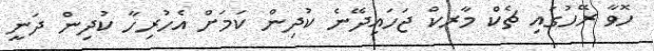
ހޮވާ ރޭހުގައި ޗެކް މާރކް ޖަހައިދޭނެ ކުދިން ކަމަށް އެހުރިހާ ކުދިން ދަނީ